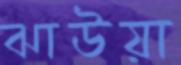
ঝাউয়া